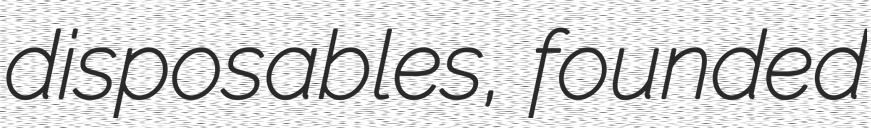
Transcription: disposables, founded